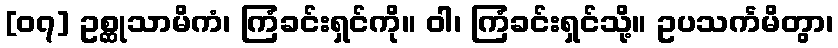
[၀၇] ဥစ္ဆုသာမိကံ၊ ကြံခင်းရှင်ကို။ ဝါ၊ ကြံခင်းရှင်သို့။ ဥပသင်္ကမိတွာ၊